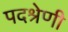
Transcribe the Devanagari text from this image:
पदश्रेणी